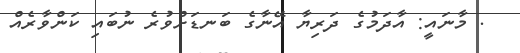
. މާނައީ: އާދަމުގެ ދަރިޔާ އޭނާގެ ބަނޑަށްވުރެ ނުބައި ކަންވާރެއް